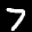
Label: 7